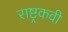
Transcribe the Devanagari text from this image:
राष्ट्रकवी